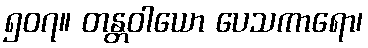
၅၀၇။ တန္တဝါယော ပေသကာရော၊